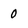
Character: 0